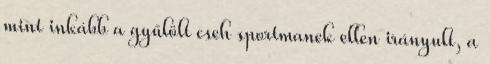
mint inkább a gyűlölt cseh sportmanek ellen irányult, a